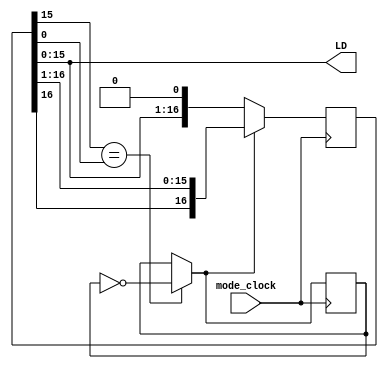
`timescale 1ns / 1ps
module LED_logic(mode_clock, LD);
	input mode_clock;
	output [15:0] LD;
	reg signed [16:0] LED = 17'sb1_0000_0000_0000_0000;
	reg direction = 0;
	
	always @(posedge mode_clock) begin
		if(LED[15] == LED[0])
			direction = ~direction;
		if(direction)
			LED = LED >>> 1;
		else
			LED = LED << 1;
		end
		assign LD = LED;
endmodule